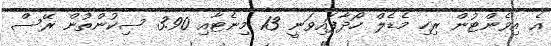
އެ އިވެންޓުން ރިހި މެޑެލް ހޯދާފައިވަނީ 13 މިނެޓާއި 3.90 ސިކުންތުން ރޭސް